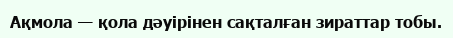
Ақмола — қола дәуірінен сақталған зираттар тобы.